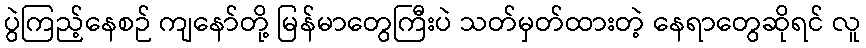
ပွဲကြည့်နေစဉ် ကျနော်တို့ မြန်မာတွေကြီးပဲ သတ်မှတ်ထားတဲ့ နေရာတွေဆိုရင် လူ